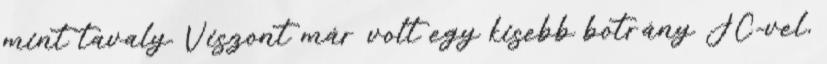
mint tavaly. Viszont már volt egy kisebb botrány JC-vel,